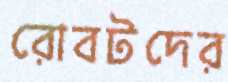
রোবটদের